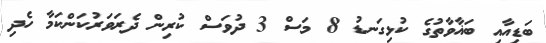
ބަޑިއާއި ބަޣާވާތުގެ ކުޅިގަނޑު 8 މަސް 3 ދުވަސް ކުރިން ދެރަވަރުކަންކަމާ ހެދި